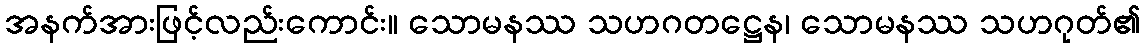
အနက်အားဖြင့်လည်းကောင်း။ သောမနဿ သဟဂတဋ္ဌေန၊ သောမနဿ သဟဂုတ်၏